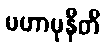
မဟာမုနီတိ